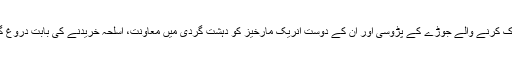
امریکی ریاست کیلیفورنیا میں فائرنگ کر کے 14 افراد کو ہلاک کرنے والے جوڑے کے پڑوسی اور اُن کے دوست انریک مارخیز کو دہشت گردی میں معاونت، اسلحہ خریدنے کی بابت دروغ گوئی اور امیگریشن فراڈ کے الزامات میں گرفتار کر لیا گیا ہے۔